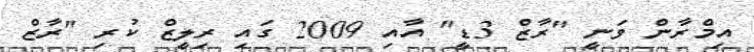
އިމްރާން ވަނީ "ރާޒް 3ޑީ" އާއި 2009 ގައި ރިލީޒް ކުރި "ރާޒް